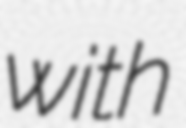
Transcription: with